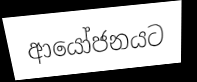
ආයෝජනයට